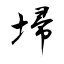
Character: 埽